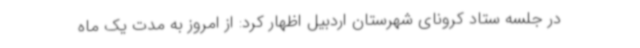
در جلسه ستاد کرونای شهرستان اردبیل اظهار کرد: از امروز به مدت یک ماه